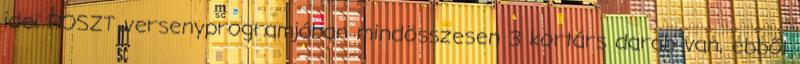
idei POSZT versenyprogramjában mindösszesen 3 kortárs darab van, ebből